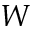
W